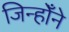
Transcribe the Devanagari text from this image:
जिन्होँने